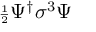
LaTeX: { \scriptstyle \frac { 1 } { 2 } } \Psi ^ { \dagger } \sigma ^ { 3 } \Psi